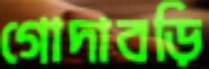
গোদাবড়ি